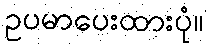
ဥပမာပေးထားပုံ။